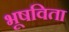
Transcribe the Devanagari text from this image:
भूषविता